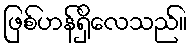
ဖြစ်ဟန်ရှိလေသည်။